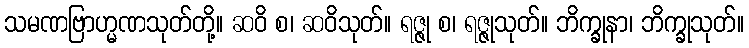
သမဏဗြာဟ္မဏသုတ်တို့။ ဆဝိ စ၊ ဆဝိသုတ်။ ရဇ္ဇု စ၊ ရဇ္ဇုသုတ်။ ဘိက္ခုနာ၊ ဘိက္ခုသုတ်။